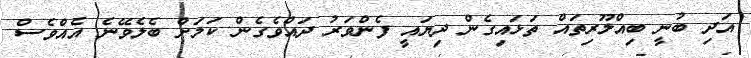
އަދި ބުނީ ބިއްލޫރިތައް ތަޅައިގެން ދިޔައީ ފެންވަރު ދައްވެގެން ކަމަށް ބެލެވޭނެ އެއްވެސް